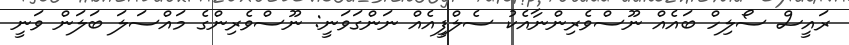
ރައީސް ސޯލިހް ބައެއް ނޫސްވެރިންނާއެކު ސެލްފީއެއް ނަންގަވަނީ: ނޫސްވެރިންގެ މައްސަލަ ބަލަން ވަނީ